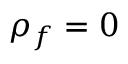
\rho _ { f } = 0